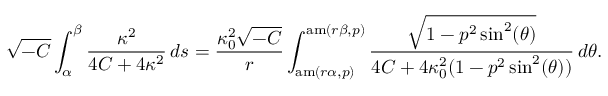
\sqrt { - C } \int _ { \alpha } ^ { \beta } \frac { \kappa ^ { 2 } } { 4 C + 4 \kappa ^ { 2 } } \, d s = \frac { \kappa _ { 0 } ^ { 2 } \sqrt { - C } } { r } \int _ { \mathrm { a m } ( r \alpha , p ) } ^ { \mathrm { a m } ( r \beta , p ) } \frac { \sqrt { 1 - p ^ { 2 } \sin ^ { 2 } ( \theta ) } } { 4 C + 4 \kappa _ { 0 } ^ { 2 } ( 1 - p ^ { 2 } \sin ^ { 2 } ( \theta ) ) } \, d \theta .